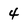
Character: 4